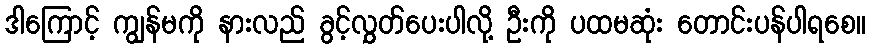
ဒါကြောင့် ကျွန်မကို နားလည် ခွင့်လွှတ်ပေးပါလို့ ဦးကို ပထမဆုံး တောင်းပန်ပါရစေ။